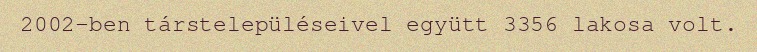
2002-ben társtelepüléseivel együtt 3356 lakosa volt.